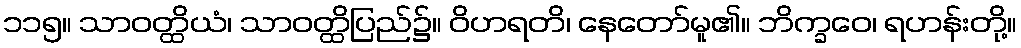
၁၁၅။ သာဝတ္ထိယံ၊ သာဝတ္ထိပြည်၌။ ဝိဟရတိ၊ နေတော်မူ၏။ ဘိက္ခဝေ၊ ရဟန်းတို့။